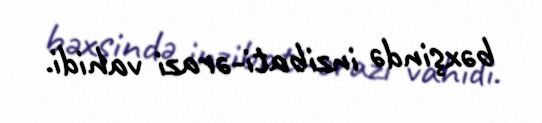
bəxşində inzibati-ərazi vahidi.